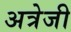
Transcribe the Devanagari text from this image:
अत्रेजी